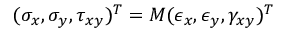
( \sigma _ { x } , \sigma _ { y } , \tau _ { x y } ) ^ { T } = M ( \epsilon _ { x } , \epsilon _ { y } , \gamma _ { x y } ) ^ { T }